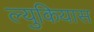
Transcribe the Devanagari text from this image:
ल्युकियास